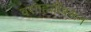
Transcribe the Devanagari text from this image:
वसाहतींवरून